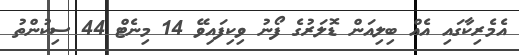
އެމެރިކާގައި އެއް ބިލިއަން ޑޮލަރުގެ ފޯނު ވިކިފައިވޭ 14 މިނެޓް 44 ސިކުންތު